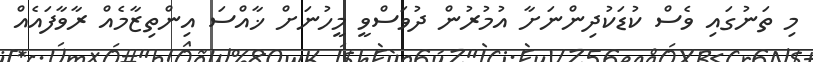
މި ތަނުގައި ވެސް ކުޑަކުދިންނަށާ އުމުރުން ދުވަސްވީ މީހުނަށް ޚާއްސަ އިންތިޒާމެއް ރާވާފައެއް